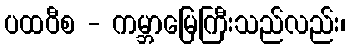
ပထဝီစ - ကမ္ဘာမြေကြီးသည်လည်း၊